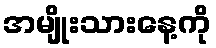
အမျိုးသားနေ့ကို